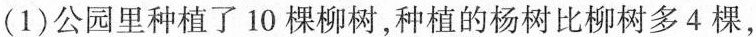
(1)公园里种植了10棵柳树，种植的杨树比柳树多4棵，